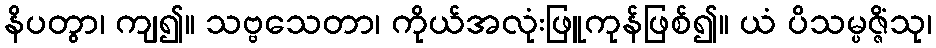
နိပတွာ၊ ကျ၍။ သဗ္ဗသေတာ၊ ကိုယ်အလုံးဖြူကုန်ဖြစ်၍။ ယံ ပိသမ္ပဇ္ဇိံသု၊